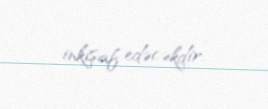
inkişaf edəcəkdir.